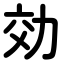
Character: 効